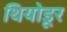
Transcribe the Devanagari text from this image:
थियोडूर